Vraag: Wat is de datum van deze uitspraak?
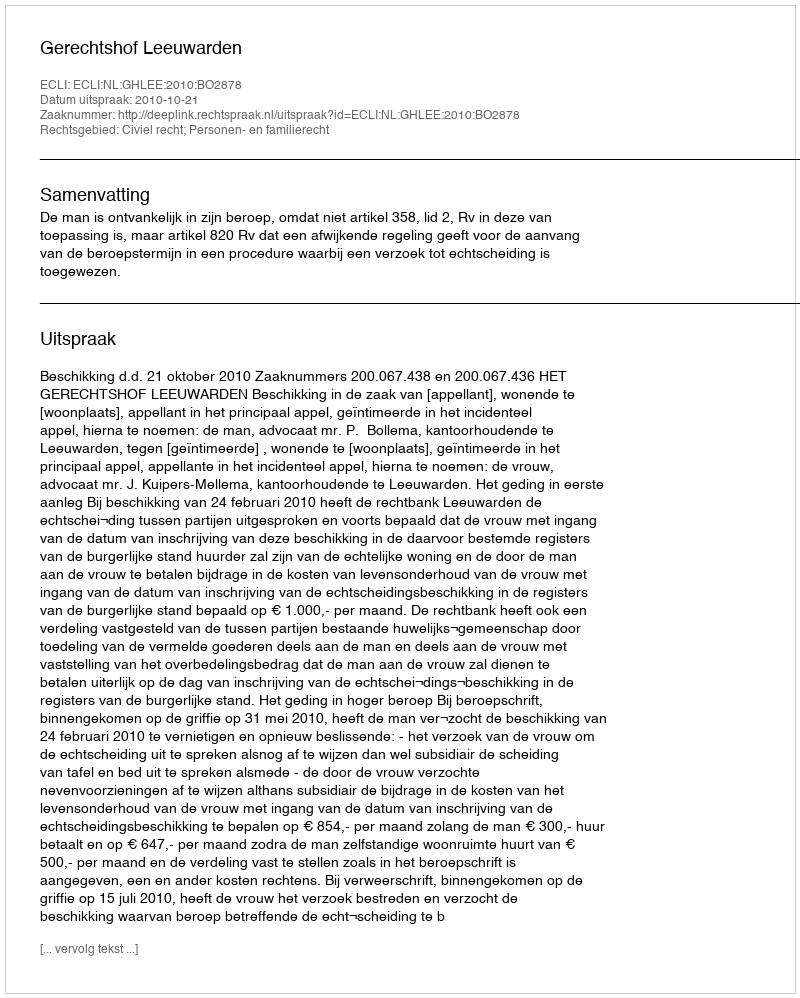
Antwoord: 2010-10-21